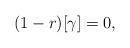
LaTeX: \begin{align*}(1-r)[\gamma]=0,\end{align*}